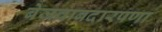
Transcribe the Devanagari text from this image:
बेजवाबदारपणा